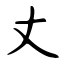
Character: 丈